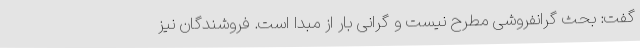
گفت: بحث گرانفروشی مطرح نیست و گرانی بار از مبدا است. فروشندگان نیز